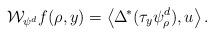
LaTeX: \begin{align*}\mathcal W_{\psi^d} f(\rho,y)=\left<\Delta^{\!\ast}(\tau_y\psi_\rho^d),u\right>.\end{align*}